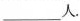
___人.